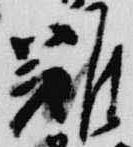
難